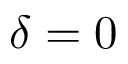
\delta = 0